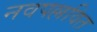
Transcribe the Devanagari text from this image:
नवपल्लवित